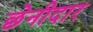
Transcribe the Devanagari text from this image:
छेनीदार